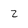
Character: 2